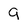
Character: 9